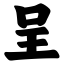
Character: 呈